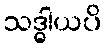
သဒ္ဓါယပိ